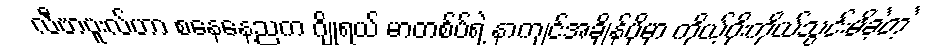
လီဗာပူးလ်ဟာ စနေနေ့ညက ဂျိုရယ် မာတစ်ပ်ရဲ့ နာကျင်အချိန်ပိုမှာ ကိုယ့်ဂိုးကိုယ်သွင်းမိခဲ့တဲ့